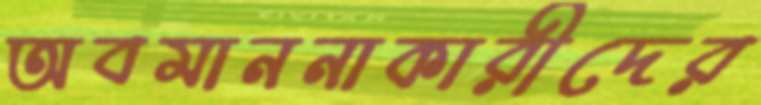
অবমাননাকারীদের